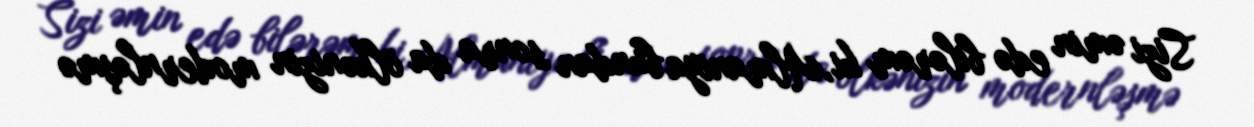
Sizi əmin edə bilərəm ki, Almaniya bundan sonra da ölkənizin modernləşmə